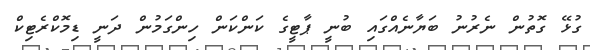
ގުޅޭ ގޮތުން ނެރުނު ބަޔާނެއްގައި ބުނީ ޕާޓީގެ ކަންކަން ހިންގަމުން ދަނީ ޑިމޮކްރެޓިކް